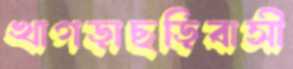
খাগড়াছড়িবাসী